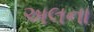
અલના